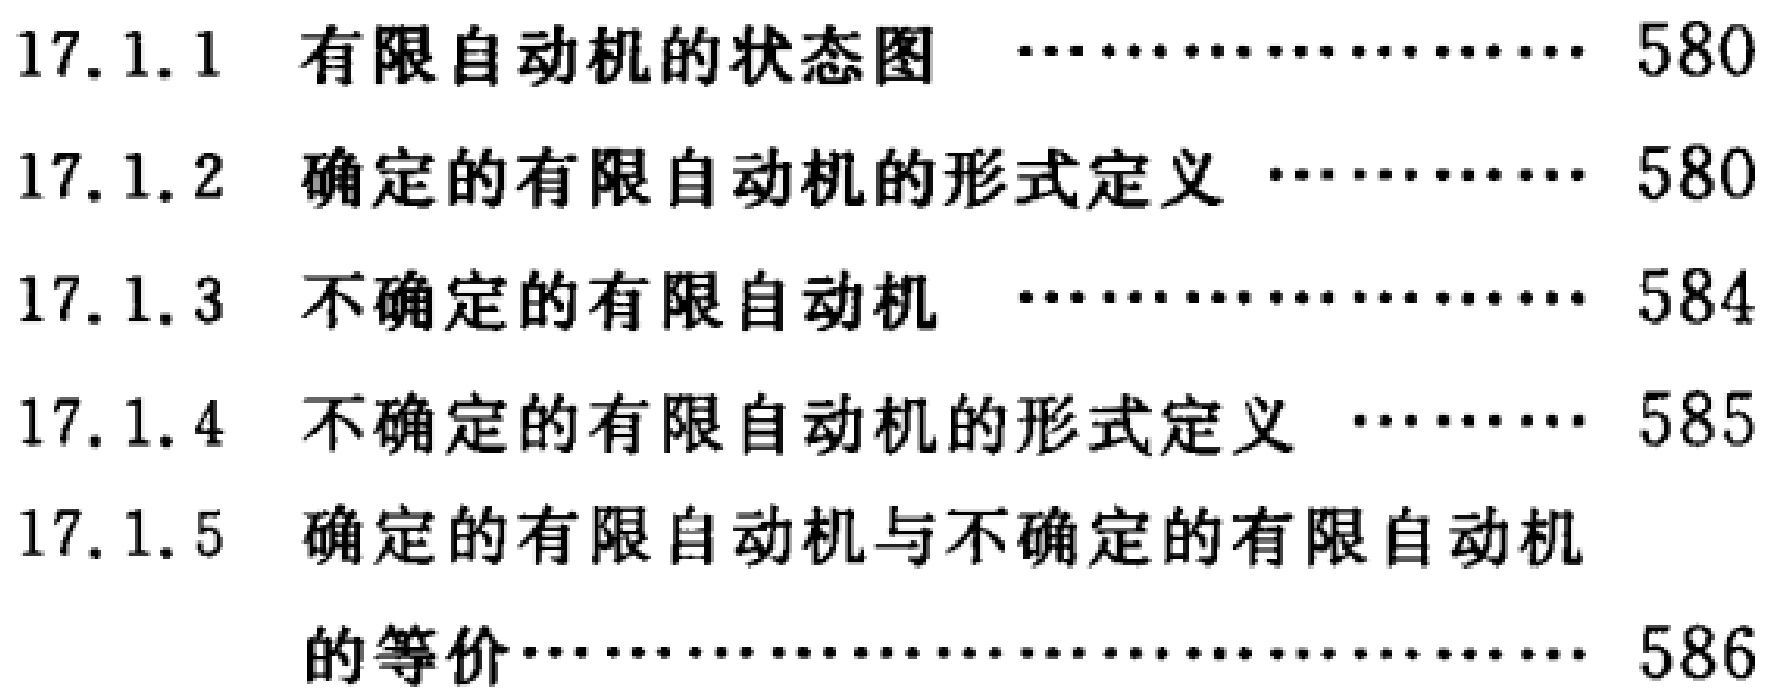
\begin{enumerate}

\item[17.1.1] 有限自动机的状态图 \hfill 580

\item[17.1.2] 确定的有限自动机的形式定义 \hfill 580

\item[17.1.3] 不确定的有限自动机 \hfill 584

\item[17.1.4] 不确定的有限自动机的形式定义 \hfill 585

\item[17.1.5] 确定的有限自动机与不确定的有限自动机的等价 \hfill 586

\end{enumerate}